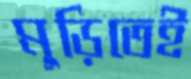
মুড়িতেই